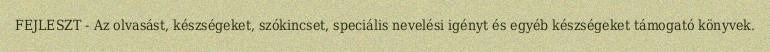
FEJLESZT - Az olvasást, készségeket, szókincset, speciális nevelési igényt és egyéb készségeket támogató könyvek.